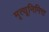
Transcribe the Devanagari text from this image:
मृत्यूनिमित्त